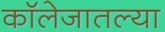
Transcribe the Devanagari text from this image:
कॉलेजातल्या